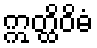
ဣတ္ထိဝိဓံ